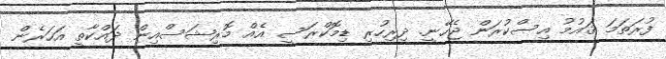
ފުރަތަމަ ޤައުމު އިސްކުރަން ޖެހޭނީ. ދިރިހުރި ޑިމޮކްރަސީ އެއް މޮރިޝަސްއިން ދައްކާތީ އަހަރެން